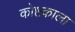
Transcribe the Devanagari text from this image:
कोष्टकाला